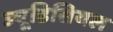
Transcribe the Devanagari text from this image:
ज्यूडिसियल